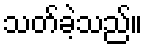
သတ်ခဲ့သည်။